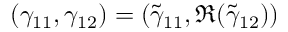
( \gamma _ { 1 1 } , \gamma _ { 1 2 } ) = ( \tilde { \gamma } _ { 1 1 } , \Re ( \tilde { \gamma } _ { 1 2 } ) )